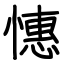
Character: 憓